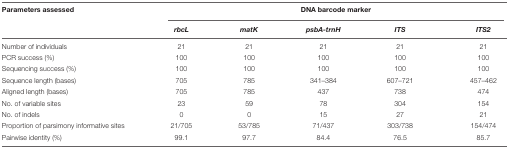
| Parameters assessed | <COLSPAN=5> DNA barcode marker |
 |  | rbcL | matK | psbA-trnH | ITS | ITS2 |
 | --- | --- | --- | --- | --- | --- |
 | Number of individuals | 21 | 21 | 21 | 21 | 21 |
 | PCR success (%) | 100 | 100 | 100 | 100 | 100 |
 | Sequencing success (%) | 100 | 100 | 100 | 100 | 100 |
 | Sequence length (bases) | 705 | 785 | 341–384 | 607–721 | 457–462 |
 | Aligned length (bases) | 705 | 785 | 437 | 738 | 474 |
 | No. of variable sites | 23 | 59 | 78 | 304 | 154 |
 | No. of indels | 0 | 0 | 15 | 27 | 21 |
 | Proportion of parsimony informative sites | 21/705 | 53/785 | 71/437 | 303/738 | 154/474 |
 | Pairwise identity (%) | 99.1 | 97.7 | 84.4 | 76.5 | 85.7 |